Annual vaccination report of Bihar and Orissa - 1911-1928
Year: 1911
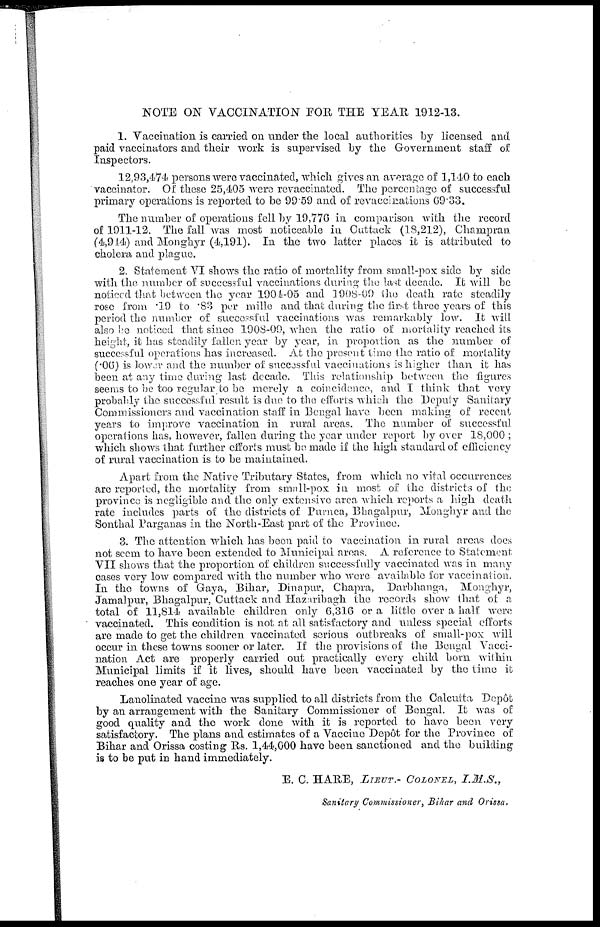
NOTE ON VACCINATION FOR THE YEAR 1912-13.
1. Vaccination is carried on under the local authorities by licensed and
paid vaccinators and their work is supervised by the Government staff of
Inspectors.
12,93,474 persons were vaccinated, which gives an average of 1,140 to each
vaccinator. Of these 25,405 were revaccinated. The percentage of successful
primary operations is reported to be 99.59 and of revaccinations 69.33.
The number of operations fell by 19,776 in comparison with the record
of 1911-12. The fall was most noticeable in Cuttack (18,212), Champran
(4,914) and Monghyr (4,191). In the two latter places it is attributed to
cholera and plague.
2. Statement VI shows the ratio of mortality from small-pox side by side
with the number of successful vaccinations during the last decade. It will be
noticed that between the year 1904-05 and 1908-09 the death rate steadily
rose from .19 to .83 per mille and that during the first three years of this
period the number of successful vaccinations was remarkably low. It will
also be noticed that since 1908-09, when the ratio of mortality reached its
height, it has steadily fallen year by year, in proportion as the number of
successful operations has increased. At the present time the ratio of mortality
(.06) is lower and the number of successful vaccinations is higher than it has
been at any time during last decade. This relationship between the figures
seems to be too regular to be merely a coincidence, and I think that very
probably the successful result is due to the efforts which the Deputy Sanitary
Commissioners and vaccination staff in Bengal have been making of recent
years to improve vaccination in rural areas. The number of successful
operations has, however, fallen during the year under report by over 18,000 ;
which shows that further efforts must be made if the high standard of efficiency
of rural vaccination is to be maintained.
Apart from the Native Tributary States, from which no vital occurrences
are reported, the mortality from small-pox in most of the districts of the
province is negligible and the only extensive area which reports a high death
rate includes parts of the districts of Purnea, Bhagalpur, Monghyr and the
Sonthal Parganas in the North-East part of the Province.
3. The attention which has been paid to vaccination in rural areas does
not seem to have been extended to Municipal areas. A reference to Statement
VII shows that the proportion of children successfully vaccinated was in many
cases very low compared with the number who were available for vaccination.
In the towns of Gaya, Bihar, Dinapur, Chapra, Darbhanga, Monghyr,
Jamalpur, Bhagalpur, Cuttack and Hazaribagh the records show that of a
total of 11,814 available children only 6,316 or a little over a half were
vaccinated. This condition is not at all satisfactory and unless special efforts
are made to get the children vaccinated serious outbreaks of small-pox will
occur in these towns sooner or later. If the provisions of the Bengal Vacci-
nation Act are properly carried out practically every child born within
Municipal limits if it lives, should have been vaccinated by the time it
reaches one year of age.
Lanolinated vaccine was supplied to all districts from the Calcutta Depôt
by an arrangement with the Sanitary Commissioner of Bengal. It was of
good quality and the work done with it is reported to have been very
satisfactory. The plans and estimates of a Vaccine Depôt for the Province of
Bihar and Orissa costing Rs. 1,44,000 have been sanctioned and the building
is to be put in hand immediately.
E. C. HARE, LIEUT.- COLONEL, I.M.S.,
Sanitary Commissioner, Bihar and Orissa.